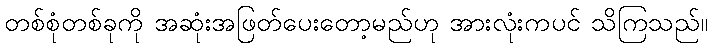
တစ်စုံတစ်ခုကို အဆုံးအဖြတ်ပေးတော့မည်ဟု အားလုံးကပင် သိကြသည်။